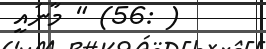
( :56) " މާނައީ